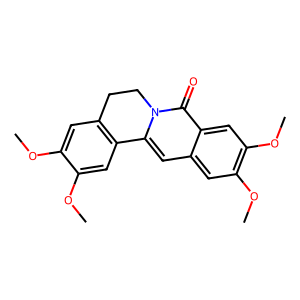
SMILES: COc1cc2c(cc1OC)-c1cc3cc(OC)c(OC)cc3c(=O)n1CC2
Inhibits HIV replication: No